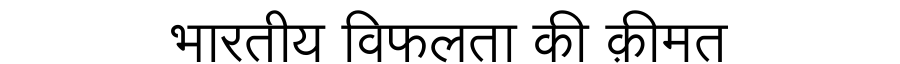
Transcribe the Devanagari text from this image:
भारतीय विफलता की क़ीमत